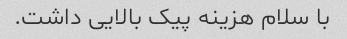
با سلام هزینه پیک بالایی داشت.